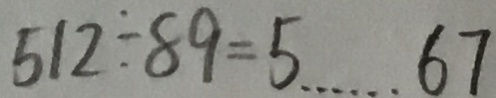
5 1 2 \div 8 9 = 5 \cdots 6 7